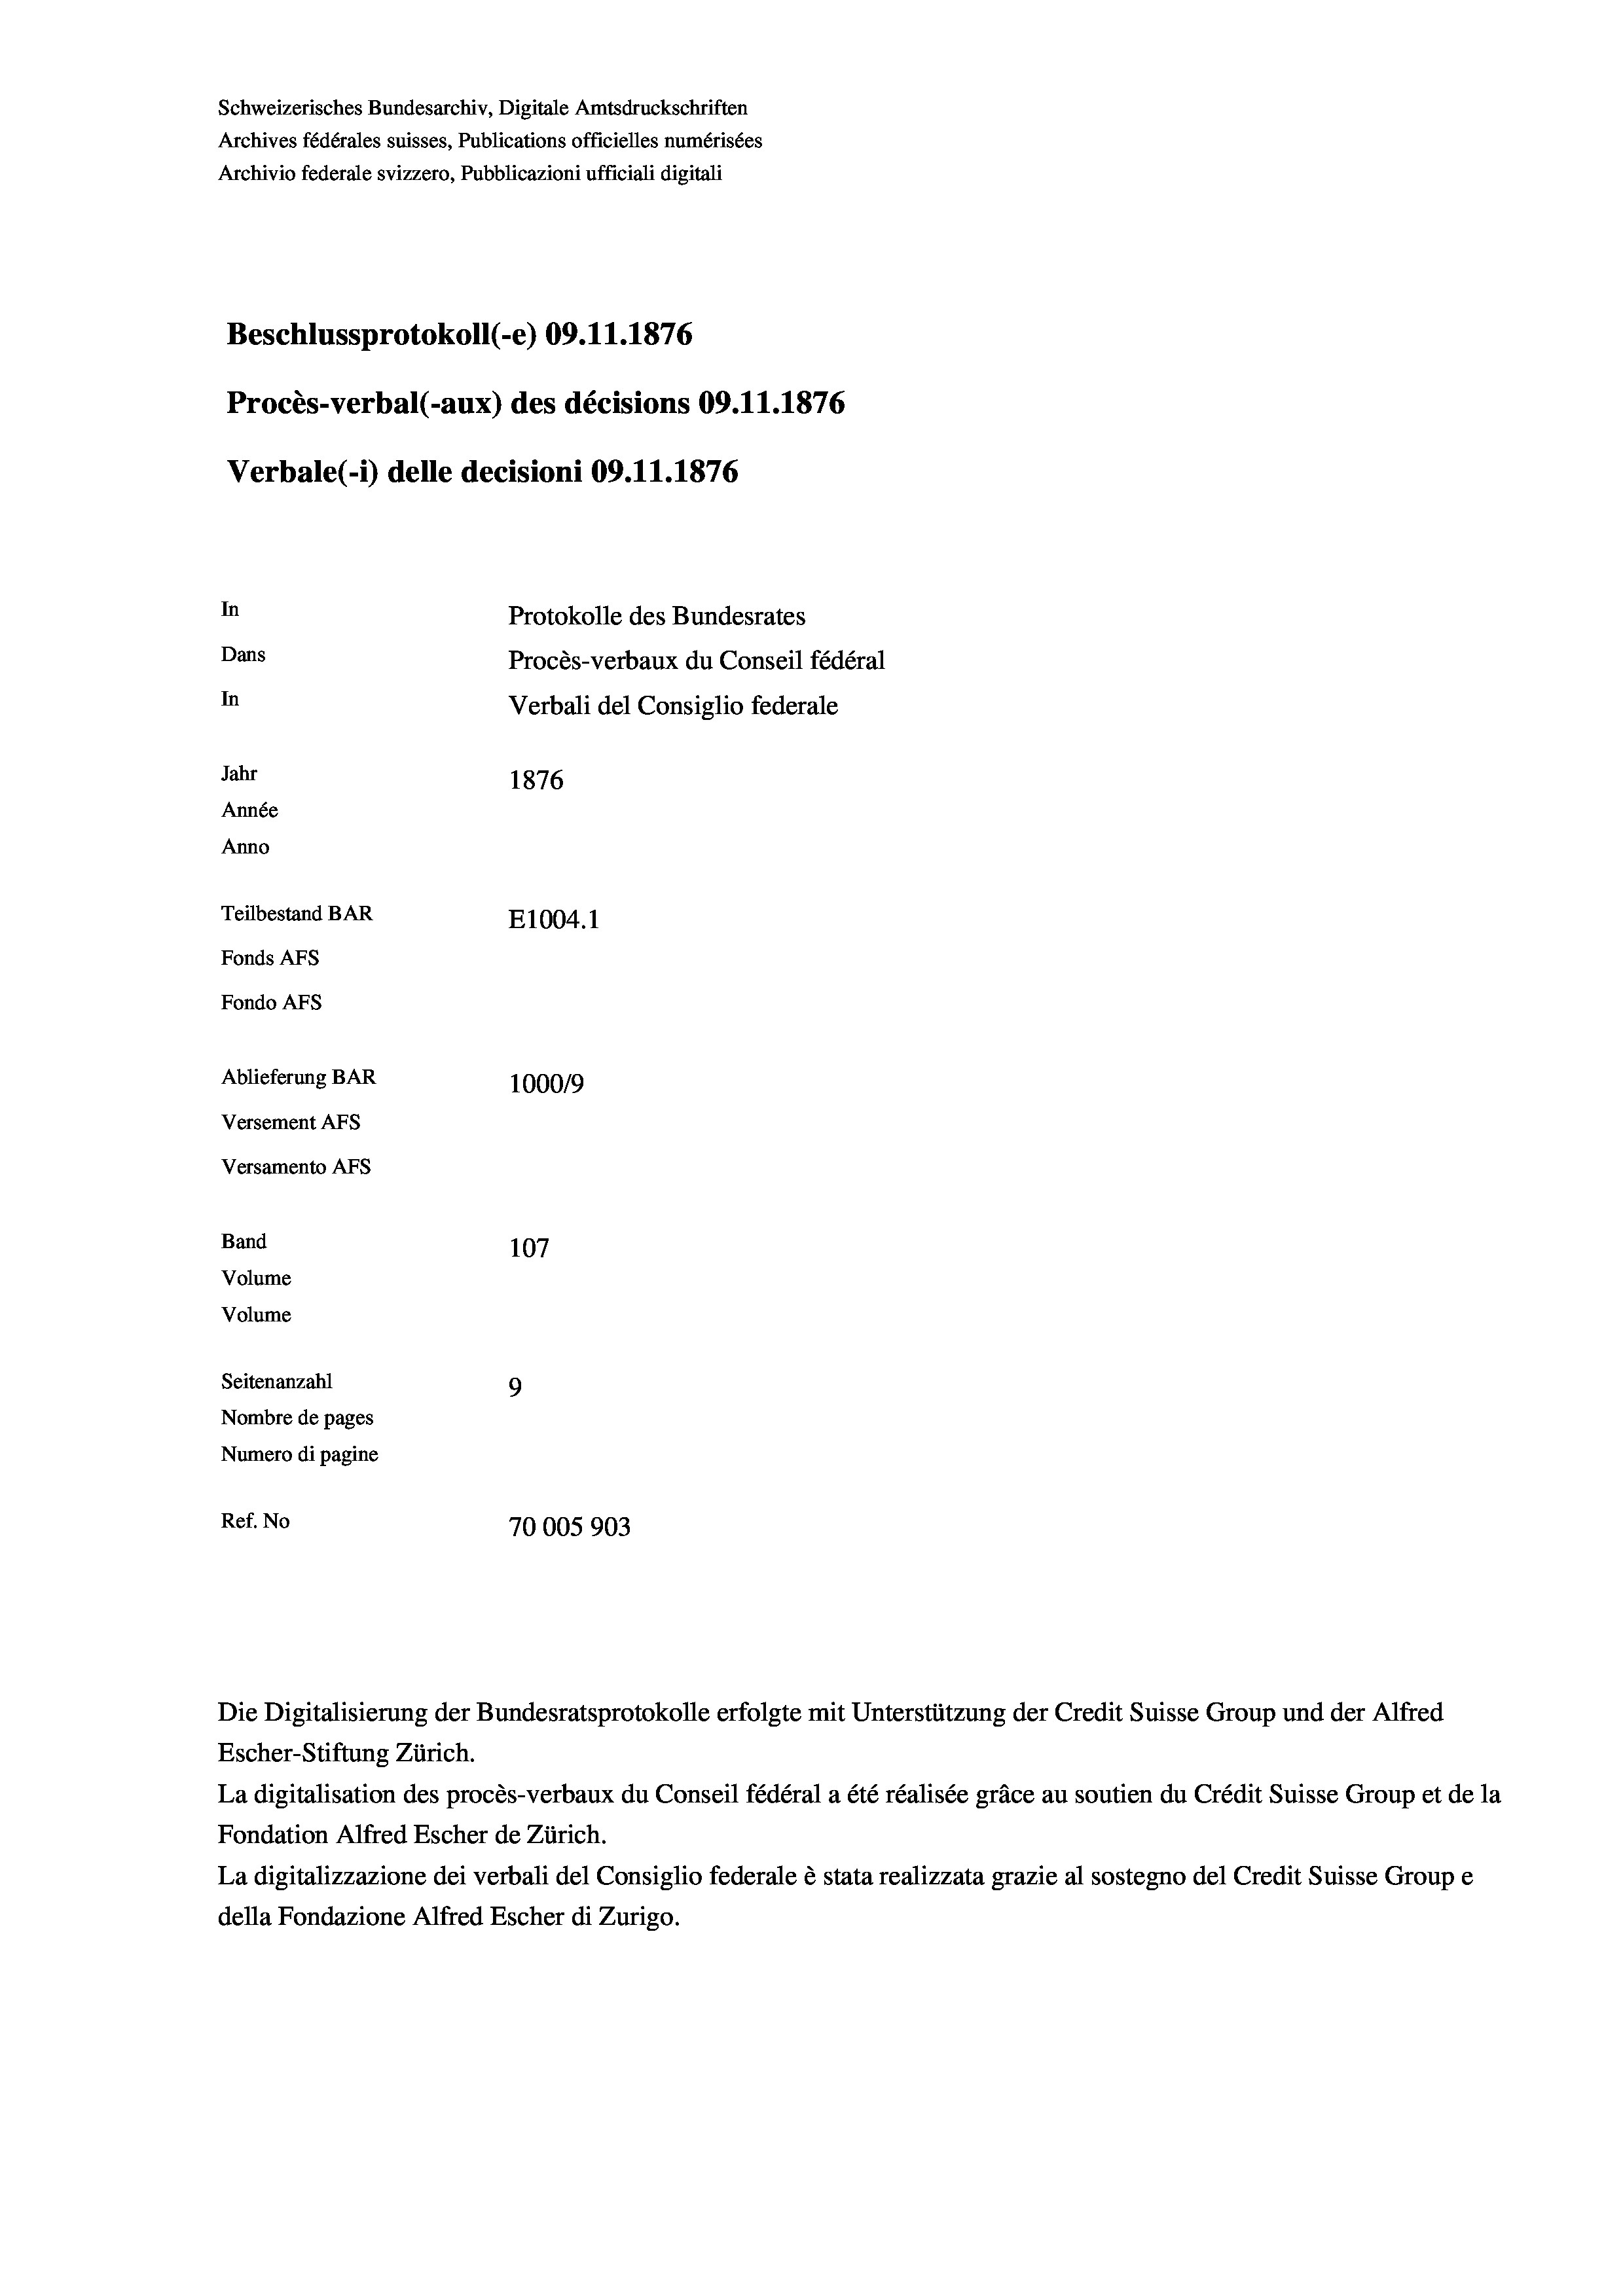
Schweizerisches Bundesarchiv, Digitale Amtsdruckschriften
Archives fédérales suisses, Publications officielles numérisées
Archivio federale svizzero, Pubblicazioni ufficiali digitali
Beschlussprotokoll (-e) 09.11.1876
Procès-verbal (-aux) des décisions 09.11.1876
Verbale(*) delle decisioni 09.11.1876
In
Protokolle des Bundesrates
Dans
Procès-verbaux du Conseil fédéral
In
Verbali del Consiglio federale
Jahr
1876
Année
Anno
Teilbestand BAR
E1004. 1
Fonds AFs
Fondo AFS
Ablieferung BAR
100019
Versement AFS
Versamento AFs
Band
107
Volume
Volume
Seitenanzahl
9
Nombre de pages
Numero di pagine
Ref. No
70005 903

Escher-Stiftung Zürich.
La digitalisation des procès-verbaux du Conseil fédéral a été réalisée gräce au soutien du Crédit Suisse Group et de la
Fondation Alfred Escher de Zürich.
La digitalizzazione dei verbali del Consiglio federale è stata realizzata grazie al sostegno del Credit Suisse Groupe
della Fondazione Alfred Escher di Zurigo.

Die Digitalisierung der Bundesratsprotokolle erfolgte mit Unterstützung der Credit Suisse Group und der Alfred